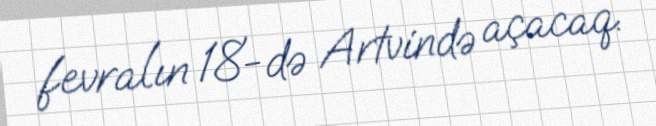
fevralın 18-də Artvində açacaq.